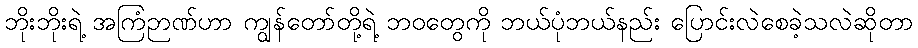
ဘိုးဘိုးရဲ့ အကြံဉာဏ်ဟာ ကျွန်တော်တို့ရဲ့ ဘဝတွေကို ဘယ်ပုံဘယ်နည်း ပြောင်းလဲစေခဲ့သလဲဆိုတာ